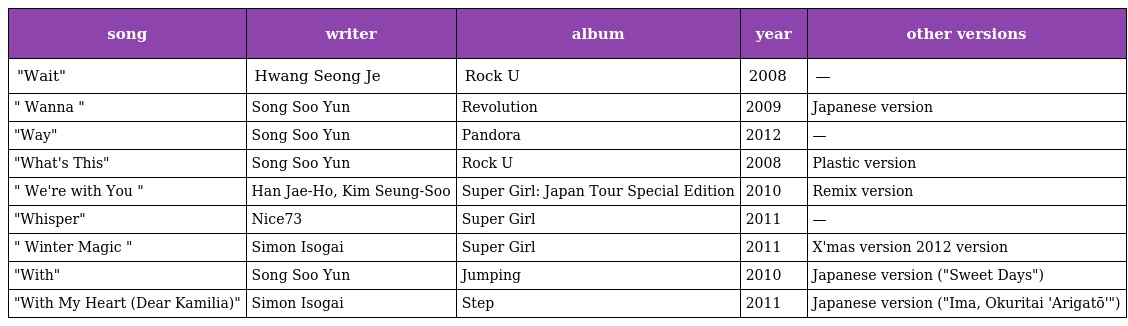
| song | writer | album | year | other versions |
 | --- | --- | --- | --- | --- |
 | "Wait" | Hwang Seong Je | Rock U | 2008 | — |
 | " Wanna " | Song Soo Yun | Revolution | 2009 | Japanese version |
 | "Way" | Song Soo Yun | Pandora | 2012 | — |
 | "What's This" | Song Soo Yun | Rock U | 2008 | Plastic version |
 | " We're with You " | Han Jae-Ho, Kim Seung-Soo | Super Girl: Japan Tour Special Edition | 2010 | Remix version |
 | "Whisper" | Nice73 | Super Girl | 2011 | — |
 | " Winter Magic " | Simon Isogai | Super Girl | 2011 | X'mas version 2012 version |
 | "With" | Song Soo Yun | Jumping | 2010 | Japanese version ("Sweet Days") |
 | "With My Heart (Dear Kamilia)" | Simon Isogai | Step | 2011 | Japanese version ("Ima, Okuritai 'Arigatō'") |